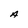
Character: A